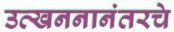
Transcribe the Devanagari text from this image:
उत्खननानंतरचे